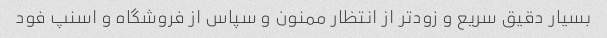
بسیار دقیق سریع و زودتر از انتظار ممنون و سپاس از فروشگاه و اسنپ فود